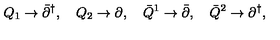
Q _ { 1 } \to \bar { \partial } ^ { \dagger } , \quad Q _ { 2 } \to \partial , \quad \bar { Q } ^ { 1 } \to \bar { \partial } , \quad \bar { Q } ^ { 2 } \to \partial ^ { \dagger } ,